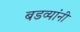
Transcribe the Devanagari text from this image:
बडव्यांनी